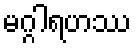
မဂ္ဂါရဟဿ